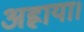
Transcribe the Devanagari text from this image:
अह्राया।